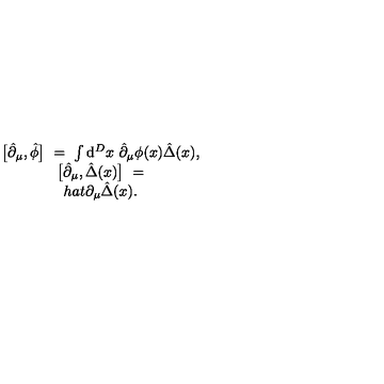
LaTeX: \begin{array} { c } { \big [ \hat { \partial } _ { \mu } , \hat { \phi } \big ] \ = \ \int \mathrm { d } ^ { D } x \ \hat { \partial } _ { \mu } \phi ( x ) \hat { \Delta } ( x ) , } \\ { \big [ \hat { \partial } _ { \mu } , \hat { \Delta } ( x ) \big ] \ = } \\ { h a t { \partial } _ { \mu } \hat { \Delta } ( x ) . } \\ \end{array}